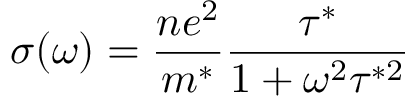
\sigma ( \omega ) = { \frac { n e ^ { 2 } } { m ^ { * } } } { \frac { \tau ^ { * } } { 1 + \omega ^ { 2 } \tau ^ { * 2 } } }